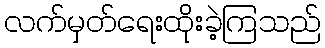
လက်မှတ်ရေးထိုးခဲ့ကြသည်